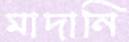
মাদানি